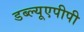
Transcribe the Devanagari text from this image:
डब्ल्यूएपीपी